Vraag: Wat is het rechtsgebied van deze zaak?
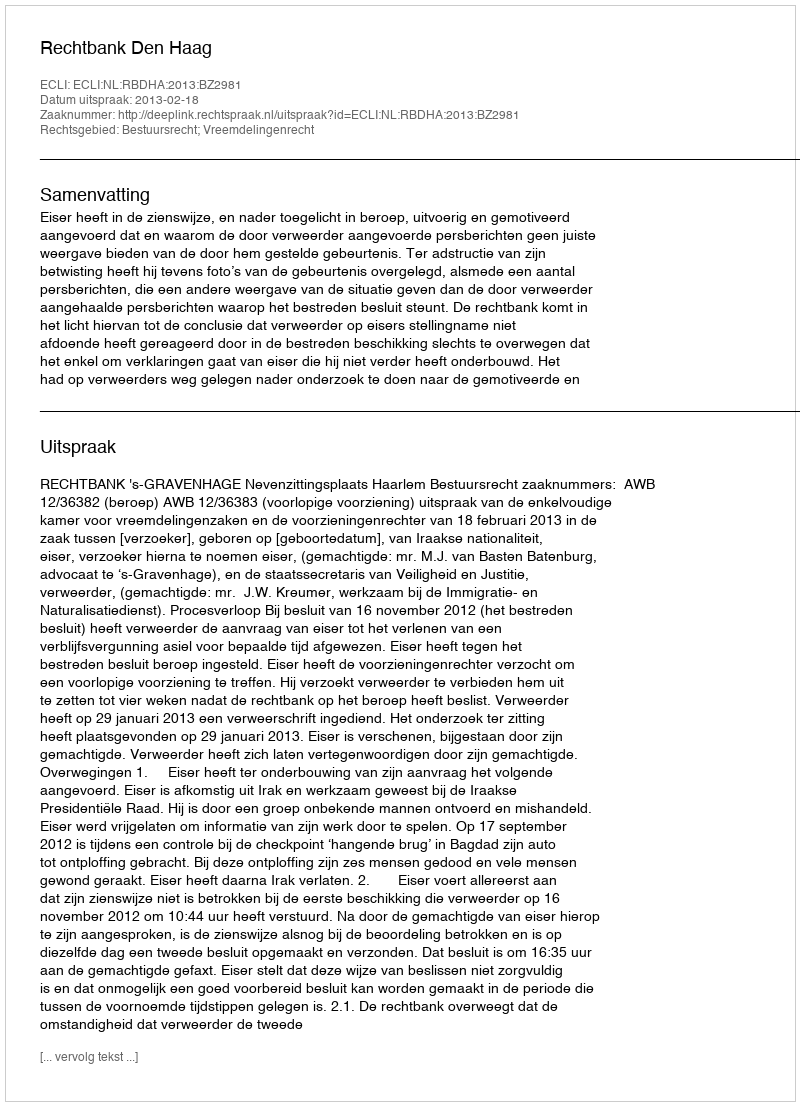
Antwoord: Bestuursrecht; Vreemdelingenrecht